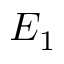
E _ { 1 }